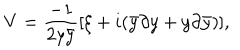
V = { \frac { - 1 } { 2 y \bar { y } } } [ \xi + i ( \bar { y } \partial y + y \partial \bar { y } ) ] ,